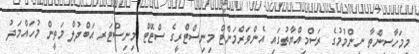
މިމަހާސިންތާ ނިންމުމުގެ ރަސްމިއްޔާތުގައި އެންވަރްމަންޓް މިނިސްޓްރީގެ ސްޓޭޓް މިނިސްޓަރ އަބްދުލް މަތީން މުހައްމަދު